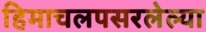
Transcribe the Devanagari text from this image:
हिमाचलपसरलेल्या